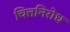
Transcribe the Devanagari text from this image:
चित्तनिरोध